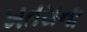
ખતરાના